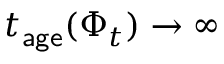
t _ { \mathsf { a g e } } ( \Phi _ { t } ) \to \infty